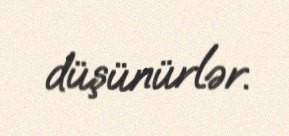
düşünürlər.